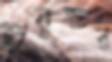
ইয়ুশুর